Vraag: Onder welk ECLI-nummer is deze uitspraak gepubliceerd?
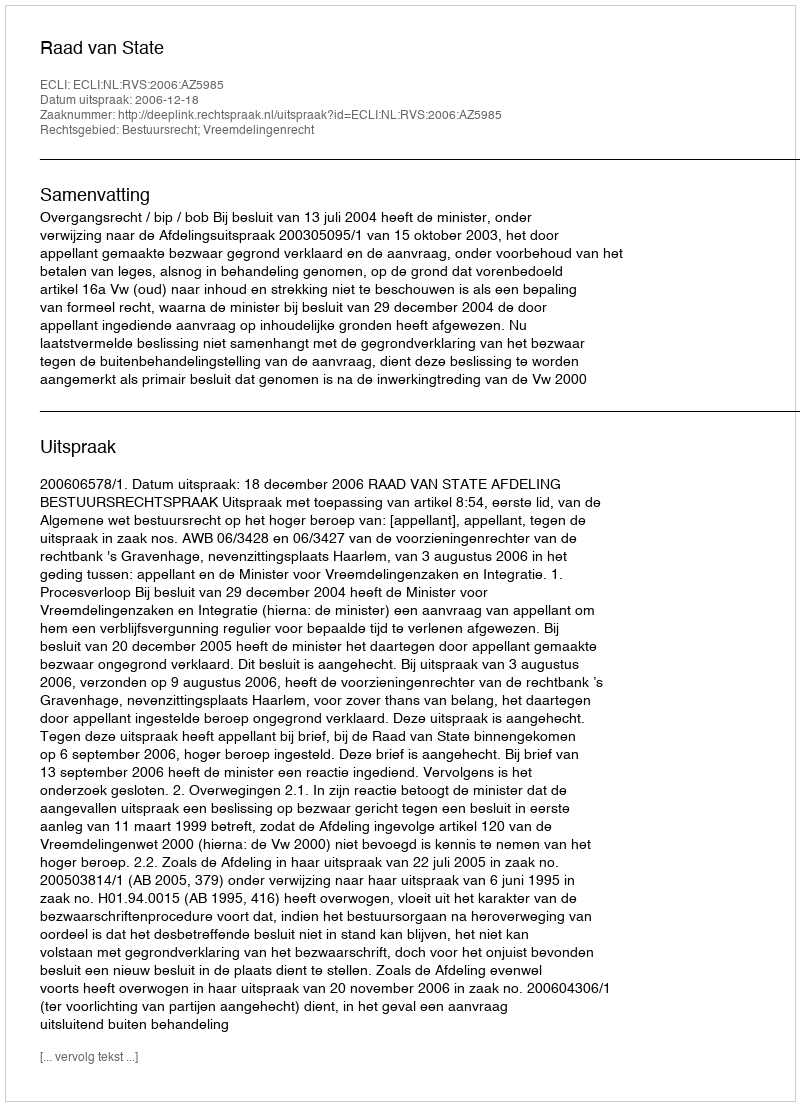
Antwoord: ECLI:NL:RVS:2006:AZ5985